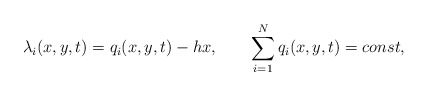
\begin{align*}\lambda_i(x,y,t)=q_i(x,y,t)-h x,\qquad\sum_{i=1}^N q_i(x,y,t)=const ,\end{align*}